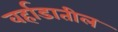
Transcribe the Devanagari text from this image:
वर्हाडातील